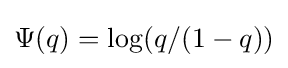
\Psi (q)=\log(q/(1-q))